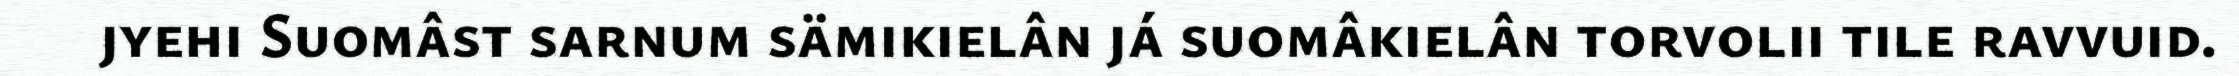
jyehi Suomâst sarnum sämikielân já suomâkielân torvolii tile ravvuid.